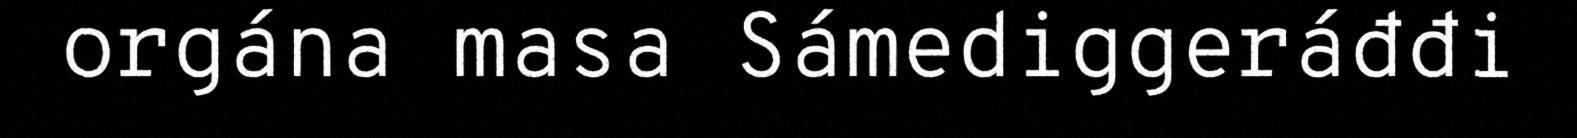
orgána masa Sámediggeráđđi